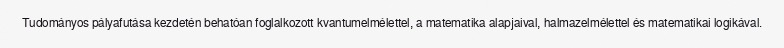
Tudományos pályafutása kezdetén behatóan foglalkozott kvantumelmélettel, a matematika alapjaival, halmazelmélettel és matematikai logikával.